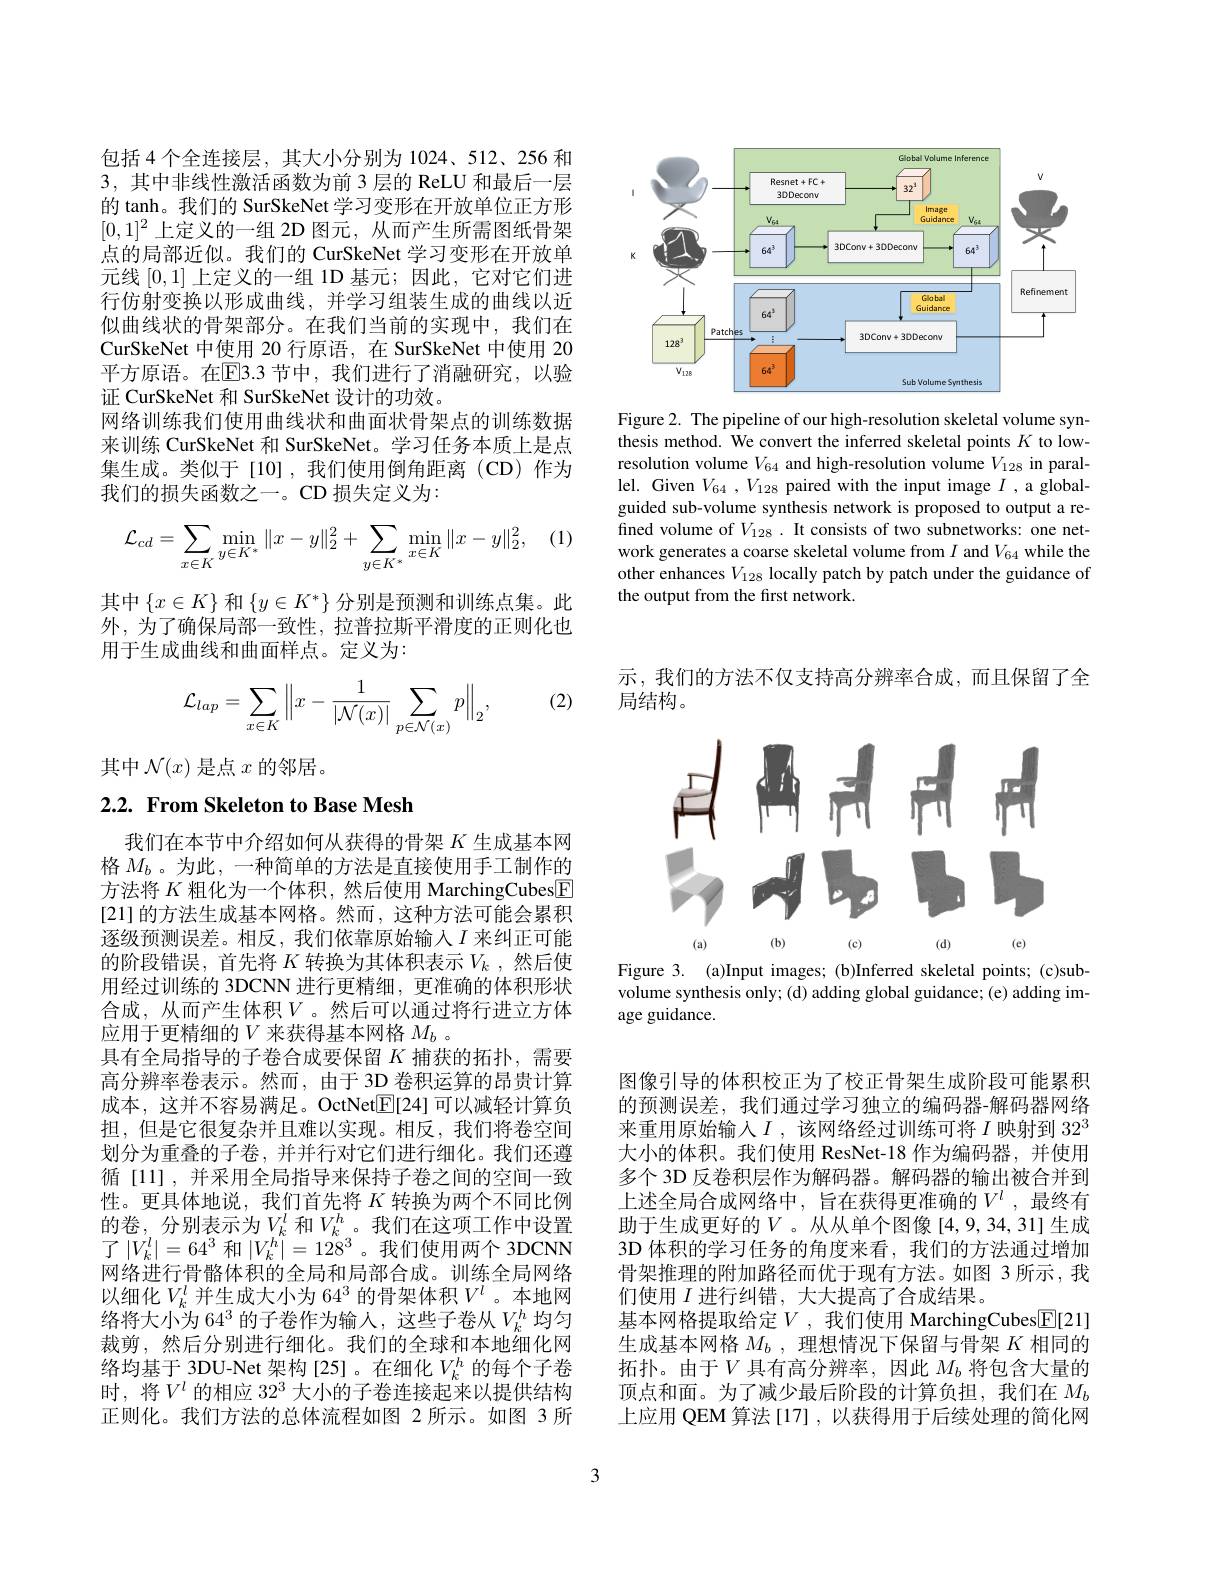
<FigureHere>

Figure 2. The pipeline of our high-resolution skeletal volume synthesis method. We convert the inferred skeletal points $K$ to lowresolution volume $V_{64}$ and high-resolution volume $V_128$ in parallel. Given $V_{64},V_{128}$ paired with the input image $I$ ,a globalguided sub-volume synthesis network is proposed to output a refined volume of $V_{128}.$ It consists of two subnetworks: one network generates a coarse skeletal volume from $I$ and $V_{64}$ while the other enhances $V_{128}$ locally patch by patch under the guidance of the output from the first network.

包括 4 个全连接层，其大小分别为 1024、512、256 和3,其中非线性激活函数为前 3 层的 ReLU 和最后一层的 tanh。我们的 SurSkeNet 学习变形在开放单位正方形$[0,1]^2$上定义的一组 2D 图元，从而产生所需图纸骨架点的局部近似。我们的 CurSkeNet 学习变形在开放单元线[0,1]上定义的一组 1D 基元；因此，它对它们进行仿射变换以形成曲线，并学习组装生成的曲线以近似曲线状的骨架部分。在我们当前的实现中，我们在CurSkeNet 中使用 20 行原语，在 SurSkeNet 中使用 20平方原语。在$\overline{\mathrm{E}}$3.3 节中，我们进行了消融研究，以验证 CurSkeNet 和 SurSkeNet 设计的功效。
网络训练我们使用曲线状和曲面状骨架点的训练数据来训练 CurSkeNet 和 SurSkeNet。学习任务本质上是点集生成。类似于[10],我们使用倒角距离(CD)作为我们的损失函数之一。CD 损失定义为：

(1)
$$\mathcal{L}_{cd}=\sum\limits_{x\in K}\min\limits_{y\in K^*}\|x-y\|_2^2+\sum\limits_{y\in K^*}\min\limits_{x\in K}\|x-y\|_2^2,$$
其中$\{x\in K\}$和$\{y\in K^*\}$分别是预测和训练点集。此外，为了确保局部一致性，拉普拉斯平滑度的正则化也用于生成曲线和曲面样点。定义为：

(2)
$$\mathcal{L}_{lap}=\sum_{x\in K}\left\|x-\frac{1}{|\mathcal{N}(x)|}\sum_{p\in\mathcal{N}(x)}p\right\|_{2},$$
其中$\mathcal{N}(x)$是点$x$的邻居。

# 2.2. From Skeleton to Base Mesh

我们在本节中介绍如何从获得的骨架$K$生成基本网格$M_b$ 。为此 , 一种简单的方法是直接使用手工制作的方法将$K$粗化为一个体积，然后使用 MarchingCubes$\boxed{\mathrm{F}}$ [21]的方法生成基本网格。然而，这种方法可能会累积逐级预测误差。相反，我们依靠原始输入$I$来纠正可能的阶段错误，首先将$K$转换为其体积表示$V_k$ ,然后使用经过训练的 3DCNN 进行更精细，更准确的体积形状合成，从而产生体积$V$。然后可以通过将行进立方体应用于更精细的$V$ 来获得基本网格 $M_b$ 。
具有全局指导的子卷合成要保留$K$捕获的拓扑，需要高分辨率卷表示。然而，由于 3D 卷积运算的昂贵计算成本，这并不容易满足。OctNet$\boxed{\mathbb{F}}[24]$可以减轻计算负担，但是它很复杂并且难以实现。相反，我们将卷空间划分为重叠的子卷，并并行对它们进行细化。我们还遵循 [11] , 并采用全局指导来保持子卷之间的空间一致性。更具体地说，我们首先将$K$转换为两个不同比例的卷，分别表示为$V_k^l$和$V_k^h$。我们在这项工作中设置了$|V_k^l|=64^3$ 和$|V_k^h|=128^3$。我们使用两个 3DCNN 网络进行骨骼体积的全局和局部合成。训练全局网络以细化$V_k^l$ 并生成大小为 64$^3$ 的骨架体积$V^l$。本地网络将大小为 64$^3$ 的子卷作为输入，这些子卷从$V_k^h$ 均匀裁剪，然后分别进行细化。我们的全球和本地细化网络均基于 3DU-Net 架构[25]。在细化$V_k^h$ 的每个子卷时，将$V^l$的相应$32^3$大小的子卷连接起来以提供结构正则化。我们方法的总体流程如图 2 所示。如图 3 所

示，我们的方法不仅支持高分辨率合成，而且保留了全
局结构。

<FigureHere>
Figure 3. (a)Input images; (b)Inferred skeletal points; (c)sub-

volume synthesis only; (d) adding global guidance; (e) adding im-
age guidance.

图像引导的体积校正为了校正骨架生成阶段可能累积的预测误差，我们通过学习独立的编码器-解码器网络来重用原始输人$I$ ,该网络经过训练可将 $I$ 映射到 32$^3$ 大小的体积。我们使用 ResNet-18 作为编码器，并使用多个 3D 反卷积层作为解码器。解码器的输出被合并到上述全局合成网络中，旨在获得更准确的$V^l$,最终有助于生成更好的$V$。从从单个图像[4,9,34,31]生成3D 体积的学习任务的角度来看，我们的方法通过增加骨架推理的附加路径而优于现有方法。如图 3 所示，我们使用$I$进行纠错，大大提高了合成结果。
基本网格提取给定$V$,我们使用 MarchingCubes$\boxed{\mathbb{E}}[21]$ 生成基本网格$M_b$ ,理想情况下保留与骨架$K$相同的拓扑。由于$V$具有高分辨率，因此$M_b$将包含大量的顶点和面。为了减少最后阶段的计算负担，我们在$M_b$ 上应用 QEM 算法 [17] , 以获得用于后续处理的简化网

3